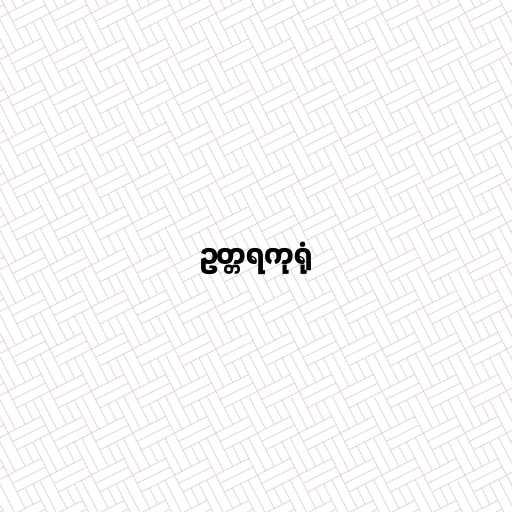
ဥတ္တရကုရုံ